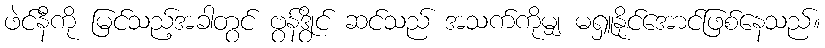
ဖဲင်နီကို မြင်သည့်အခါတွင် ဗွန်ဒွိုင် ဆင်သည် အသက်ကိုမျှ မရှူနိုင်အောင်ဖြစ်နေသည်။